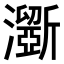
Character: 𤃮